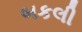
બકલી